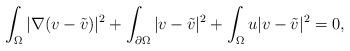
LaTeX: \begin{align*}\int_{\Omega}|\nabla(v-\tilde{v}) |^{2}+\int_{\partial\Omega}|v-\tilde{v}|^{2}+\int_{\Omega}u|v-\tilde{v}|^{2}=0,\end{align*}